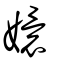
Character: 嬛